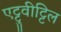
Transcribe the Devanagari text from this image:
एट्टुवीट्टिल